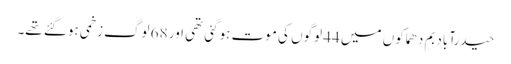
حیدرآباد بم دھماکوں میں 44 لوگوں کی موت ہوگئی تھی اور 68 لوگ زخمی ہوگئے تھے۔